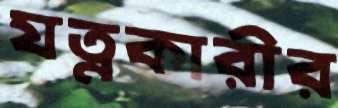
যত্নকারীর